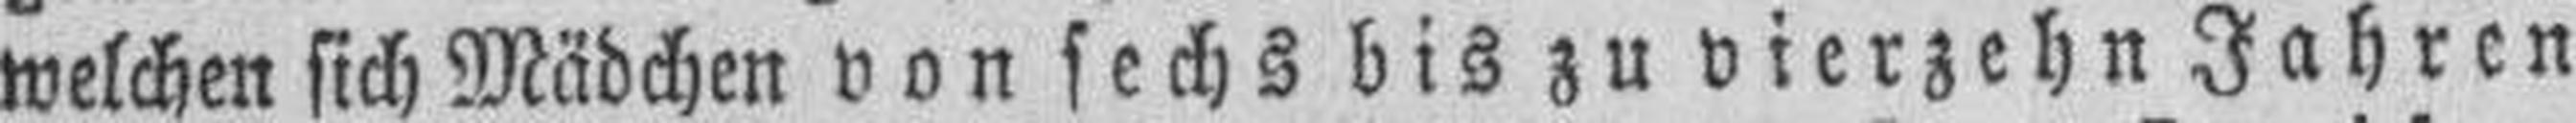
welchen sich Mädchen von sechs bis zu vierzehn Jahren